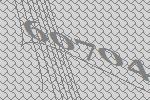
60704